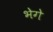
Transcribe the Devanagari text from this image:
भेगे